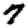
Digit: 7